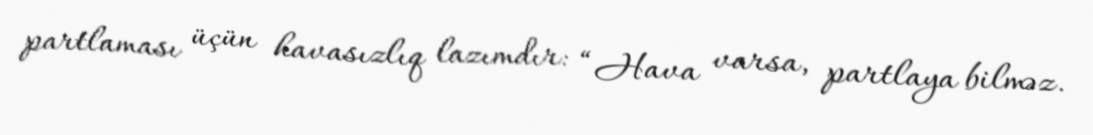
partlaması üçün havasızlıq lazımdır: “Hava varsa, partlaya bilməz.